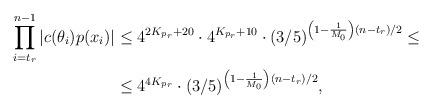
LaTeX: \begin{align*}\prod \limits_{i=t_r}^{n - 1} |c(\theta_i)p(x_i)| &\leq 4^{2K_{p_r} + 20} \cdot 4^{K_{p_r} + 10} \cdot (3/5)^{\left(1 - \frac1{M_0} \right)(n - t_r)/2} \leq\\&\leq 4^{4K_{p_r}} \cdot (3/5)^{\left(1 - \frac1{M_0} \right)(n - t_r)/2},\end{align*}